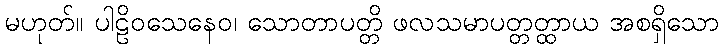
မဟုတ်။ ပါဠိဝသေနေဝ၊ သောတာပတ္တိ ဖလသမာပတ္တတ္ထာယ အစရှိသော